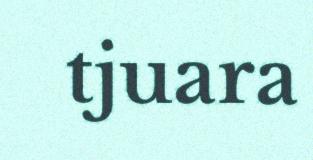
tjuara